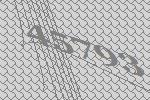
45793